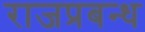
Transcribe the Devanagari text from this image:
राजप्रबन्ध